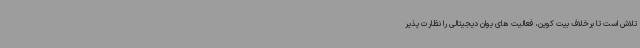
تلاش است تا برخلاف بیت کوین، فعالیت های یوان دیجیتالی را نظارت پذیر